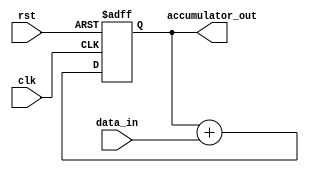
module accumulator 
  (
    input wire clk,
    input wire rst,
    input wire [7:0] data_in,
    output reg [15:0] accumulator_out
  );

  reg [15:0] accumulator_reg;

  always @(posedge clk or posedge rst)
  begin
    if(rst)
      accumulator_reg <= 16'b0;
    else
      accumulator_reg <= accumulator_reg + data_in;
  end

  assign accumulator_out = accumulator_reg;

endmodule